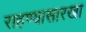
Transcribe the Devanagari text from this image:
राहण्यासारखा